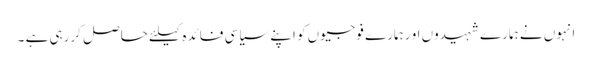
انہوں نے ہمارے شہیدوں او رہمارے فوجیوں کو اپنے سیاسی فائدہ کیلئے حاصل کررہی ہے ۔